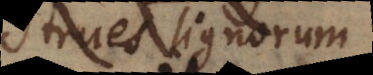
strues lignorum